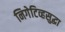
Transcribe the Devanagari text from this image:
निगेटिव्हसुद्धा